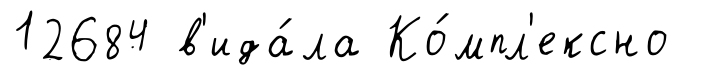
12684 в'ида́ла Ко́мпл'ексно